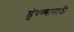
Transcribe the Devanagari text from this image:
डुंबण्यासाठी